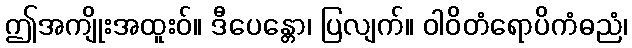
ဤအကျိုးအထူးဝ်။ ဒီပေန္တော၊ ပြလျက်။ ဝါဝိတံရောပိကံဓညံ၊